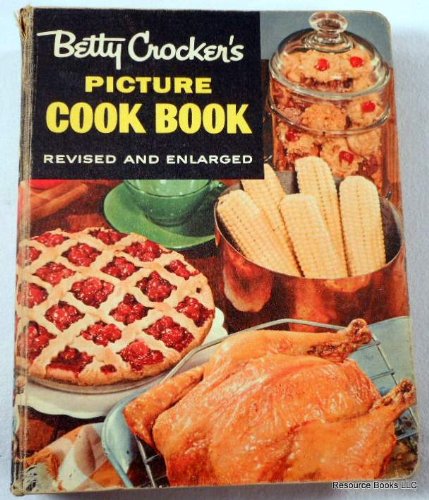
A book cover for Betty Crocker's Picture Cook Book, Revised and Enlarged; Betty Crocker; Cookbooks, Food & Wine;